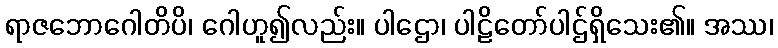
ရာဇဘောဂေါတိပိ၊ ဂေါဟူ၍လည်း။ ပါဌော၊ ပါဠိတော်ပါဌ်ရှိသေး၏။ အဿ၊